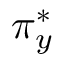
\pi _ { y } ^ { * }